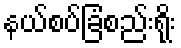
နယ်စပ်ခြံစည်းရိုး